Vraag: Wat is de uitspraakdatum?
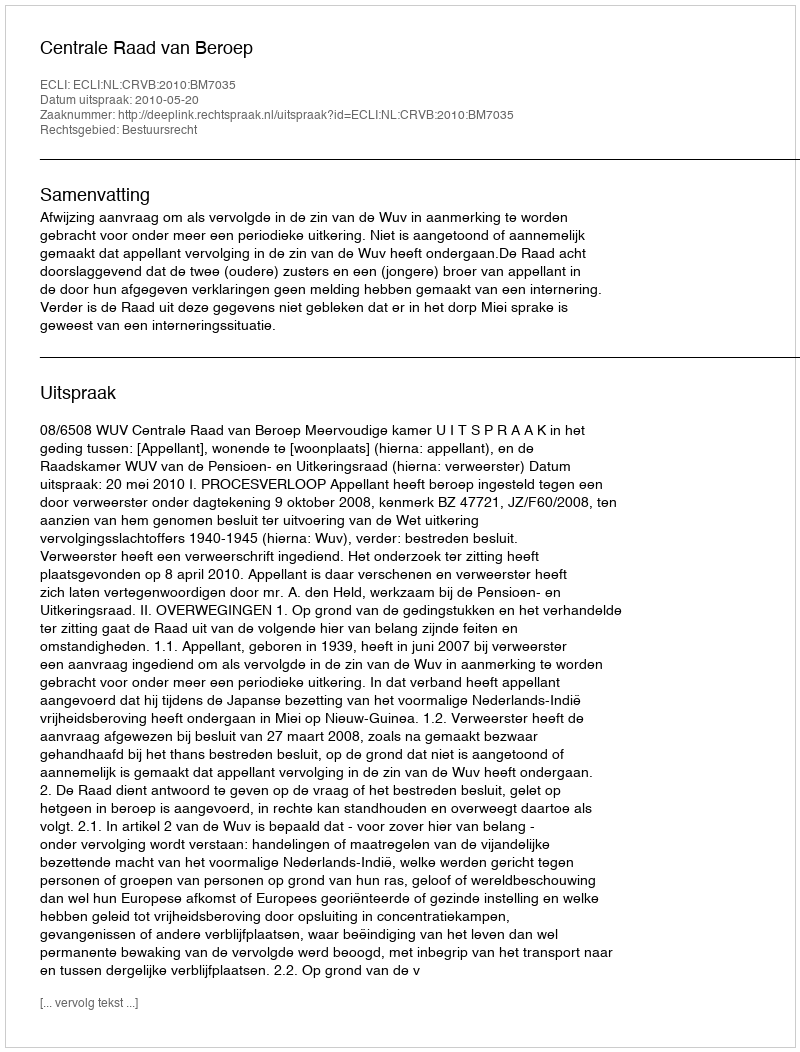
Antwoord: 2010-05-20